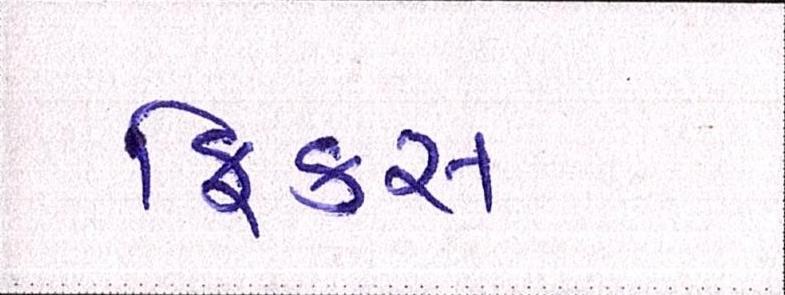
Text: ફિક્સ